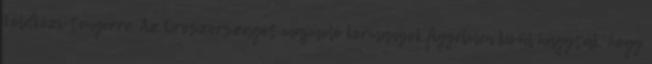
Földközi-tengerre. Az Oroszországot majmoló kormányok figyelmen kívül hagyták, hogy